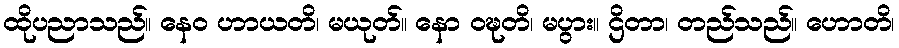
ထိုပညာသည်။ နေဝ ဟာယတိ၊ မယုတ်။ နော ဝဍ္ဎတိ၊ မပွား။ ဌိတာ၊ တည်သည်။ ဟောတိ၊